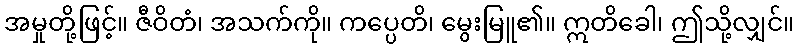
အမှုတို့ဖြင့်။ ဇီဝိတံ၊ အသက်ကို။ ကပ္ပေတိ၊ မွေးမြူ၏။ ဣတိခေါ၊ ဤသို့လျှင်။